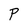
Character: P